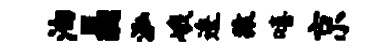
油晶泓峨逶猿嘻京